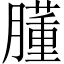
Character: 𦡦